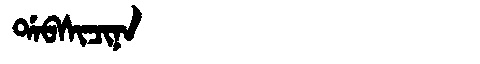
Manchu: ᡩᠠᠪᠰᡳᠴᡳᠨᠠ
Romanization: DABSICINA